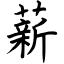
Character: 薪